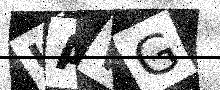
Text: UAWG